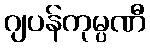
ဂျပန်ကုမ္ပဏီ